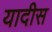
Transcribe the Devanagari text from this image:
यादीस